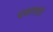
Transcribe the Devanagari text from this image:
पंचरात्रादि